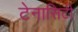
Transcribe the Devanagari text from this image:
टेनासिटी